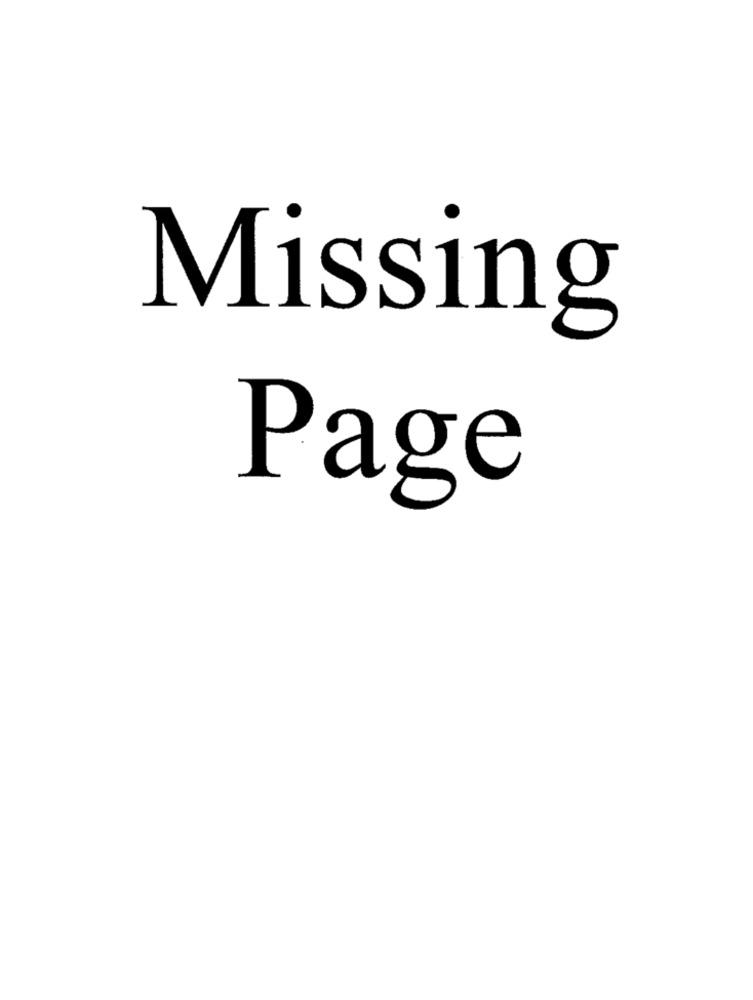
Missing
Page